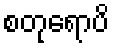
စတုရောပိ